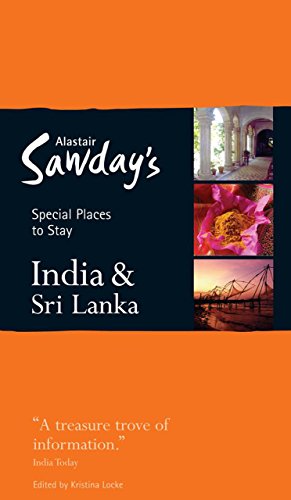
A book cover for Special Places to Stay: India & Sri Lanka; Kristina Locke; Travel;